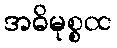
အဓိမုစ္စထ